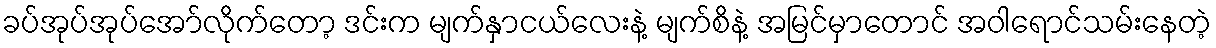
ခပ်အုပ်အုပ်အော်လိုက်တော့ ဒင်းက မျက်နှာငယ်လေးနဲ့ မျက်စိနဲ့ အမြင်မှာတောင် အဝါရောင်သမ်းနေတဲ့